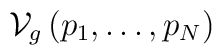
\mathcal{V}_{g}\left( p_{1},\ldots ,p_{N}\right)